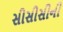
સીસીસીની